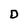
Character: D